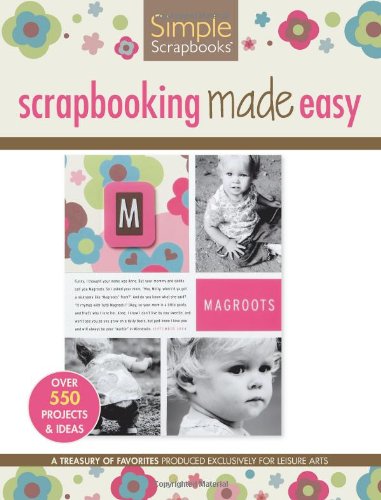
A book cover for Scrapbooking Made Easy  (Leisure Arts #15946) (Simple Scrapbooks); Crafts Media LLC; Crafts, Hobbies & Home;